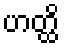
ဟတ္ထိ